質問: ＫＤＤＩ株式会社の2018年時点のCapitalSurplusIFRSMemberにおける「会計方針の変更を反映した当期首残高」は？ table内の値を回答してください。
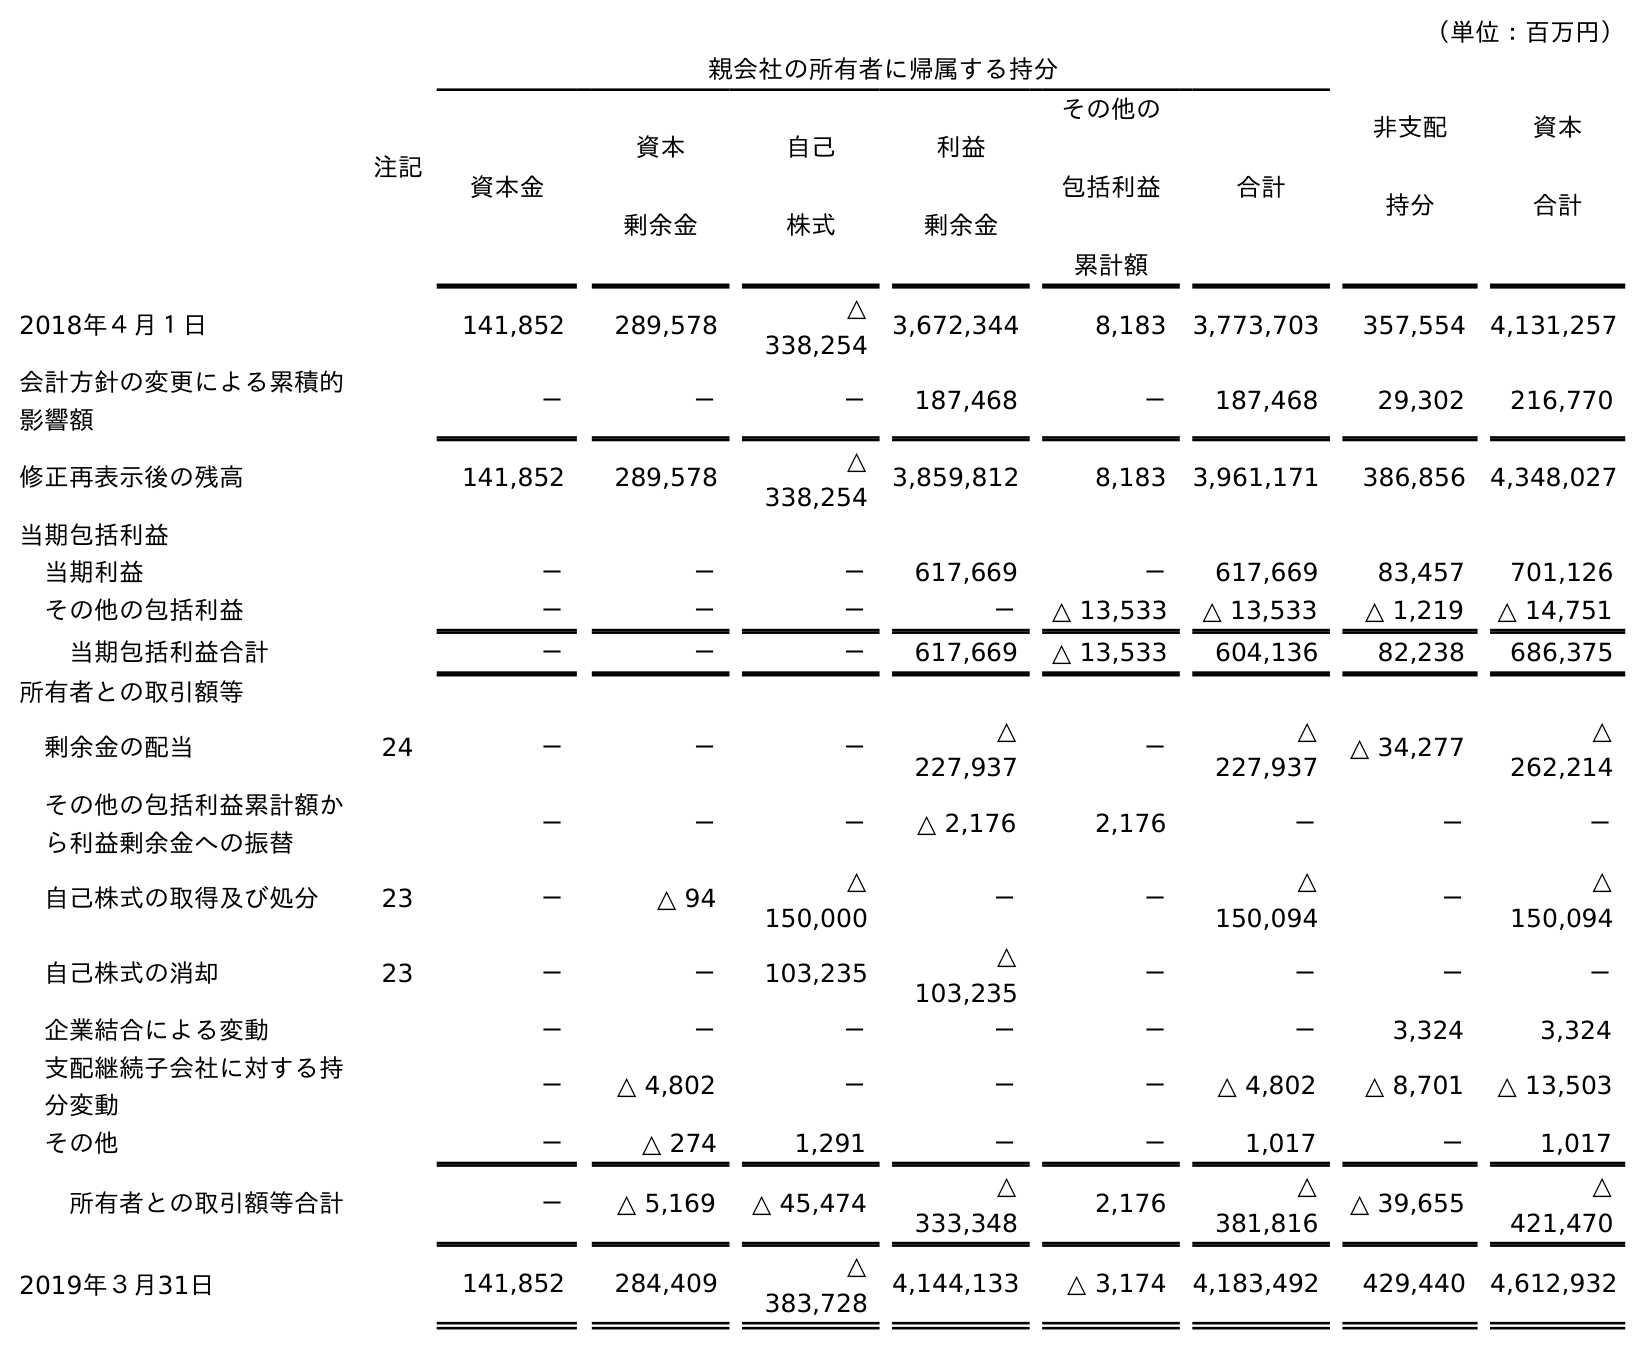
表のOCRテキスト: （単位：百万円） 注記 親会社の所有者に帰属する持分 非支配 持分 資本 合計 資本金 資本 剰余金 自己 株式 利益 剰余金 その他の 包括利益 累計額 合計 2018年４月１日 141,852 289,578 △ 338,254 3,672,344 8,183 3,773,703 357,554 4,131,257 会計方針の変更による累積的 影響額 － － － 187,468 － 187,468 29,302 216,770 修正再表示後の残高 141,852 289,578 △ 338,254 3,859,812 8,183 3,961,171 386,856 4,348,027 当期包括利益 当期利益 － － － 617,669 － 617,669 83,457 701,126 その他の包括利益 － － － － △ 13,533 △ 13,533 △ 1,219 △ 14,751 当期包括利益合計 － － － 617,669 △ 13,533 604,136 82,238 686,375 所有者との取引額等 剰余金の配当 24 － － － △ 227,937 － △ 227,937 △ 34,277 △ 262,214 その他の包括利益累計額か ら利益剰余金への振替 － － － △ 2,176 2,176 － － － 自己株式の取得及び処分 23 － △ 94 △ 150,000 － － △ 150,094 － △ 150,094 自己株式の消却 23 － － 103,235 △ 103,235 － － － － 企業結合による変動 － － － － － － 3,324 3,324 支配継続子会社に対する持 分変動 － △ 4,802 － － － △ 4,802 △ 8,701 △ 13,503 その他 － △ 274 1,291 － － 1,017 － 1,017 所有者との取引額等合計 － △ 5,169 △ 45,474 △ 333,348 2,176 △ 381,816 △ 39,655 △ 421,470 2019年３月31日 141,852 284,409 △ 383,728 4,144,133 △ 3,174 4,183,492 429,440 4,612,932
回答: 289,578